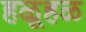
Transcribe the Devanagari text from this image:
हळूहळ